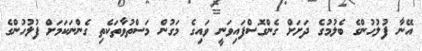
އޭނާ ފުލުހުންގެ ބެލުމުގެ ދަށަށް ގެންގޮސްފައިވަނީ ވައިގެ މަގުން މަސްތުވާތަކެތި ގެންނަކަމަށް ފުލުހުންގެ